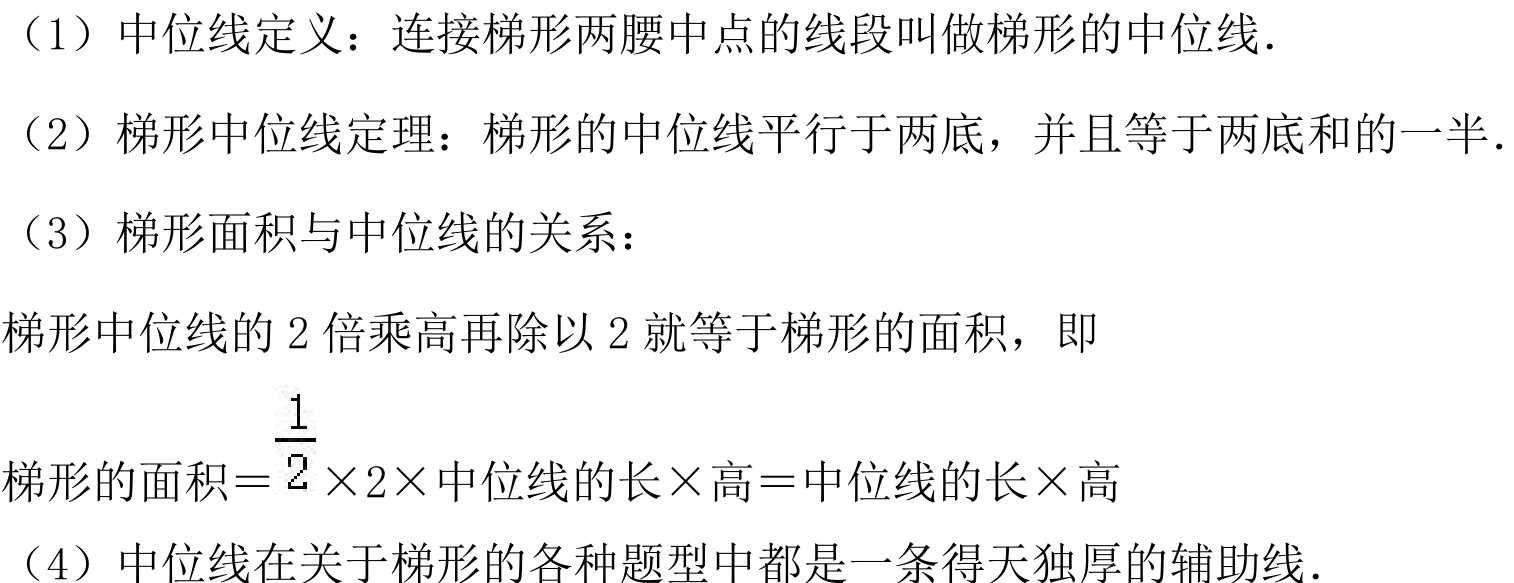
（1）中位线定义：连接梯形两腰中点的线段叫做梯形的中位线.
（2）梯形中位线定理：梯形的中位线平行于两底，并且等于两底和的一半.
（3）梯形面积与中位线的关系：
梯形中位线的 \(2\) 倍乘高再除以 \(2\) 就等于梯形的面积，即
梯形的面积\(=\frac{1}{2}\times2\times\)中位线的长\(\times\)高\(=\)中位线的长\(\times\)高
（4）中位线在关于梯形的各种题型中都是一条得天独厚的辅助线.